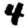
Digit: 4